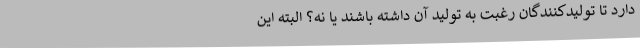
دارد تا تولیدکنندگان رغبت به تولید آن داشته باشند یا نه؟ البته این